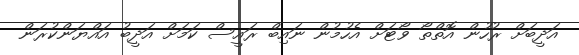
އަދީބަށް ރުހުން އޮތްތޯ ވޯޓަށް އެހުމުން ނައިބް ރައީސް ކަމަށް އަދީބު އައްޔަންކުރަން